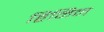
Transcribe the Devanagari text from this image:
हिनिन